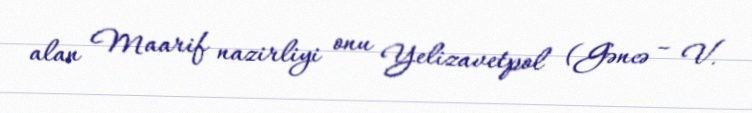
alan Maarif nazirliyi onu Yelizavetpol (Gəncə – V.